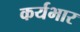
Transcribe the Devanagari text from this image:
कर्यभार